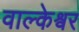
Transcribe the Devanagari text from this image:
वाल्केश्वर